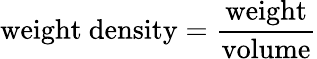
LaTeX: {\mathrm{weight~density}}={\frac{\mathrm{weight}}{\mathrm{volume}}}